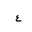
Letter: _ayn